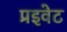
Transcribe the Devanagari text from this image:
प्रइवेट